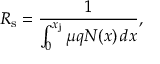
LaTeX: R _ { \mathrm { s } } = { \frac { 1 } { \int _ { 0 } ^ { x _ { \mathrm { j } } } \mu q N ( x ) \, d x } } ,